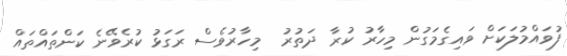
ފުވައްމުލަކަށް ވައިގެމަގުން މިހާރު ކުރާ ދަތުރު  މިހާރުވެސް ރަގަޅު ކުރެވޭނެ ކަންތައްތައް